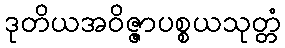
ဒုတိယအဝိဇ္ဇာပစ္စယသုတ္တံ